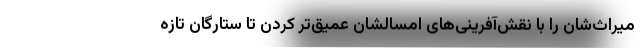
میراث‌شان را با نقش‌آفرینی‌های امسالشان عمیق‌تر کردن تا ستارگان تازه